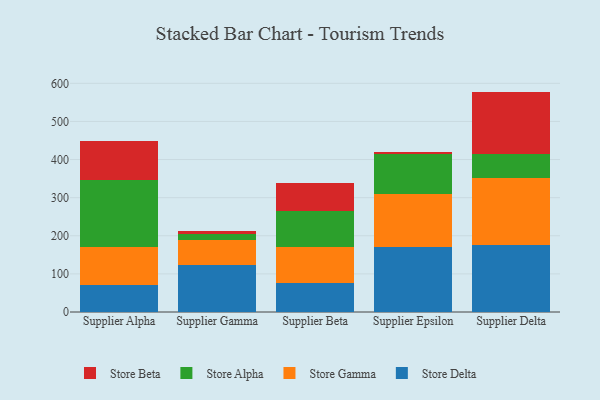
{"axis": {"x": "Supplier", "y": "Population (Million)"}, "legend": ["Store Alpha", "Store Beta", "Store Delta", "Store Gamma"], "data": [{"x": "Supplier Alpha", "y": 70.6, "type": "Store Delta"}, {"x": "Supplier Alpha", "y": 100.8, "type": "Store Gamma"}, {"x": "Supplier Alpha", "y": 174.8, "type": "Store Alpha"}, {"x": "Supplier Alpha", "y": 101.5, "type": "Store Beta"}, {"x": "Supplier Gamma", "y": 124.2, "type": "Store Delta"}, {"x": "Supplier Gamma", "y": 65.5, "type": "Store Gamma"}, {"x": "Supplier Gamma", "y": 16.1, "type": "Store Alpha"}, {"x": "Supplier Gamma", "y": 5.8, "type": "Store Beta"}, {"x": "Supplier Beta", "y": 75.7, "type": "Store Delta"}, {"x": "Supplier Beta", "y": 93.6, "type": "Store Gamma"}, {"x": "Supplier Beta", "y": 94.5, "type": "Store Alpha"}, {"x": "Supplier Beta", "y": 74.9, "type": "Store Beta"}, {"x": "Supplier Epsilon", "y": 170.0, "type": "Store Delta"}, {"x": "Supplier Epsilon", "y": 140.1, "type": "Store Gamma"}, {"x": "Supplier Epsilon", "y": 104.0, "type": "Store Alpha"}, {"x": "Supplier Epsilon", "y": 5.8, "type": "Store Beta"}, {"x": "Supplier Delta", "y": 175.2, "type": "Store Delta"}, {"x": "Supplier Delta", "y": 176.8, "type": "Store Gamma"}, {"x": "Supplier Delta", "y": 63.4, "type": "Store Alpha"}, {"x": "Supplier Delta", "y": 162.9, "type": "Store Beta"}]}